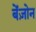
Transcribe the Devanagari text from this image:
बेंज़ोन